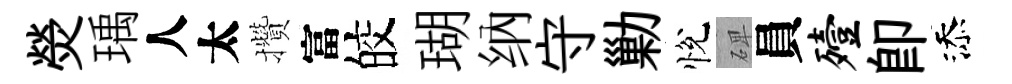
熒瑀人太攢富皎瑚纳守勦悅𥓓員殪即添